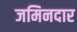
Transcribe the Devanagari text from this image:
जमिनदार